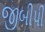
જીબીપી